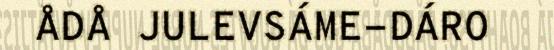
ÅDÅ JULEVSÁME-DÁRO